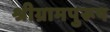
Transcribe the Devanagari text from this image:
श्रीग्रामपुरूष